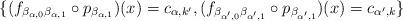
LaTeX: \begin{align*}\{(f_{\beta_{\alpha,0}\beta_{\alpha,1}} \circ p_{\beta_{\alpha,1}})(x) = c_{\alpha, k'}, (f_{\beta_{\alpha',0}\beta_{\alpha',1}}\circ p_{\beta_{\alpha',1}})(x) = c_{\alpha',k}\}\end{align*}